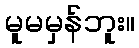
မူမမှန်ဘူး။